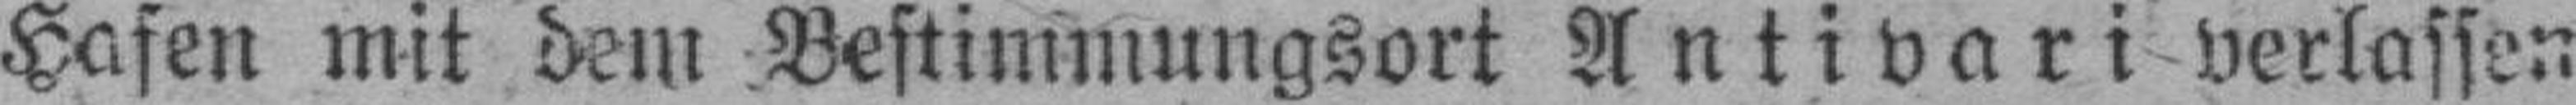
Hafen mit dem Bestimmungsort Antivari verlassen